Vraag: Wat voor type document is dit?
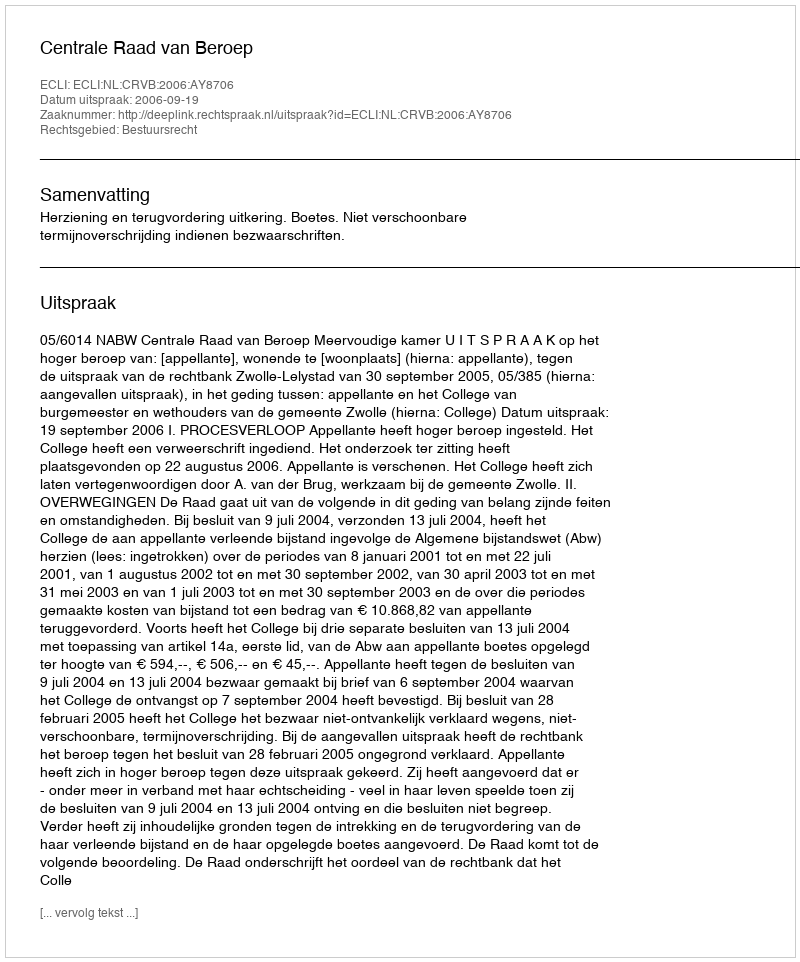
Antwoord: Uitspraak